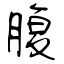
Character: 腹